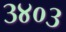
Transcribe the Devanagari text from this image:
३४०३